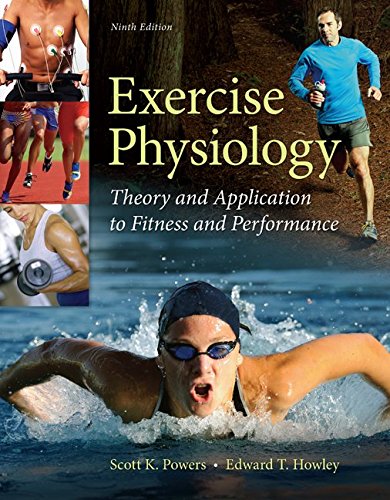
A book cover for Exercise Physiology: Theory and Application to Fitness and Performance; Scott Powers; Medical Books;